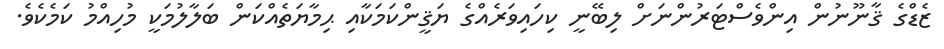
ޒެޑްގެ ޤާނޫނުން އިންވެސްޓަރުންނަށް ލިބޭނީ ކިހައިވަރެއްގެ ޔަޤީންކަމަކާއި ޙިމާޔަތެއްކަން ބަލާލުމަކީ މުހިއްމު ކަމެކެވެ.